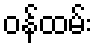
ဝန်ထမ်း